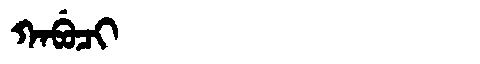
Manchu: ᡴᠠᠪᡠᠴᡳ
Romanization: KABUCI